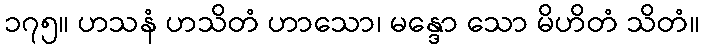
၁၇၅။ ဟသနံ ဟသိတံ ဟာသော၊ မန္ဒော သော မိဟိတံ သိတံ။